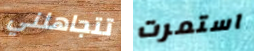
تتجاهلني استمرت